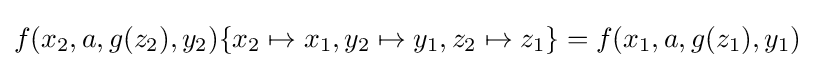
f(x_{2},a,g(z_{2}),y_{2})\{x_{2}\mapsto x_{1},y_{2}\mapsto y_{1},z_{2}\mapsto z_{1}\}=f(x_{1},a,g(z_{1}),y_{1})